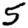
Digit: 5